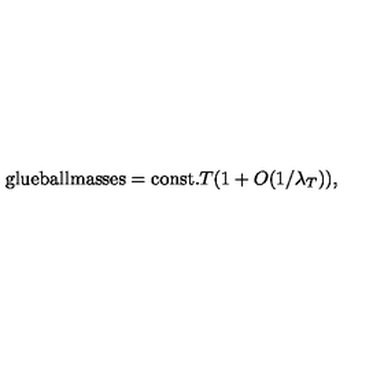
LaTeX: \mathrm { g l u e b a l l m a s s e s = c o n s t . } T ( 1 + O ( 1 / \lambda _ { T } ) ) ,